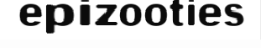
epizooties